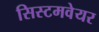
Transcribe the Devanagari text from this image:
सिस्टमवेयर